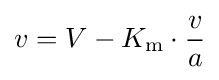
v=V-K_{\mathrm {m} }\cdot {\frac {v}{a}}